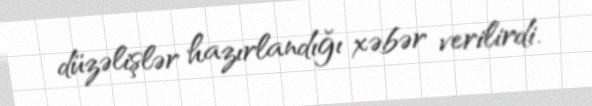
düzəlişlər hazırlandığı xəbər verilirdi.